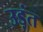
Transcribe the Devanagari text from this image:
उड़ंत